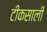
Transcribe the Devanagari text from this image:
टीकसाली